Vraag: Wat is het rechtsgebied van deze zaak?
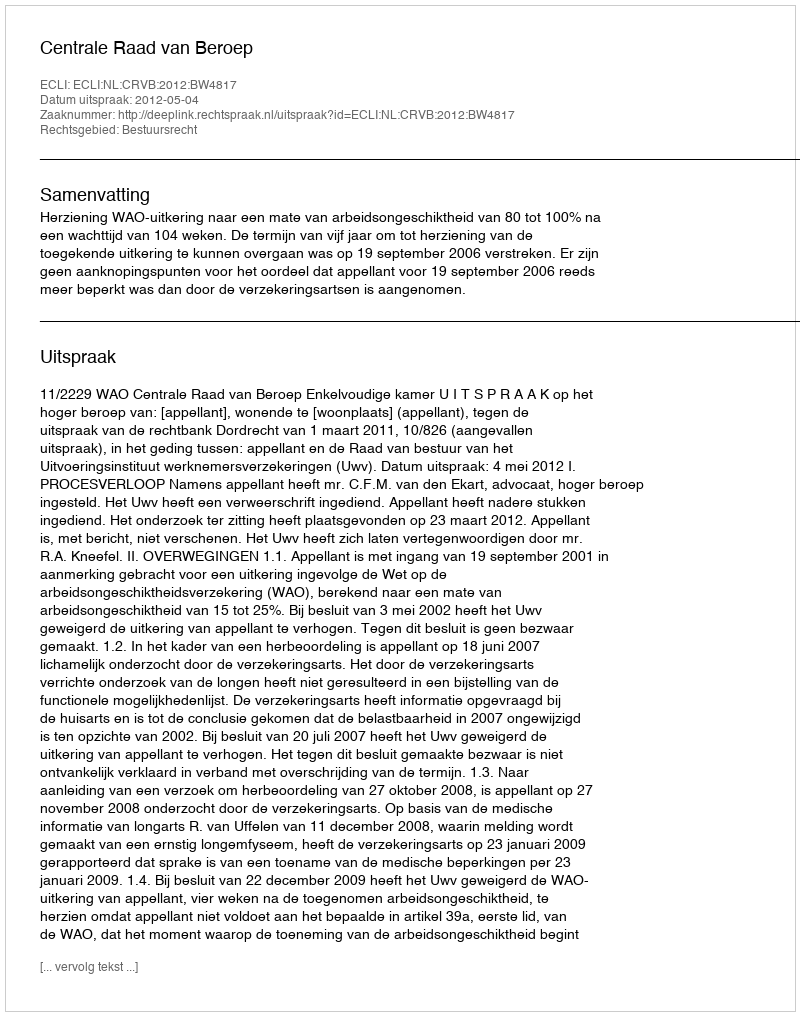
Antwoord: Bestuursrecht